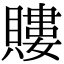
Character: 𧷡